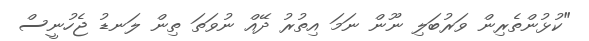
"ކުޅުންތެރިން ވަރުބަލި ނޫން ނަމަ އިތުރު ދޭއް ނުވަތަ ތިން ލަނޑު ޖެހުނީސް